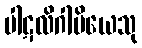
ပါဋလိဂါမိယေသု